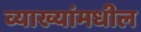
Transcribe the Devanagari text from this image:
व्याख्यांमधील